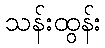
သန်းထွန်း